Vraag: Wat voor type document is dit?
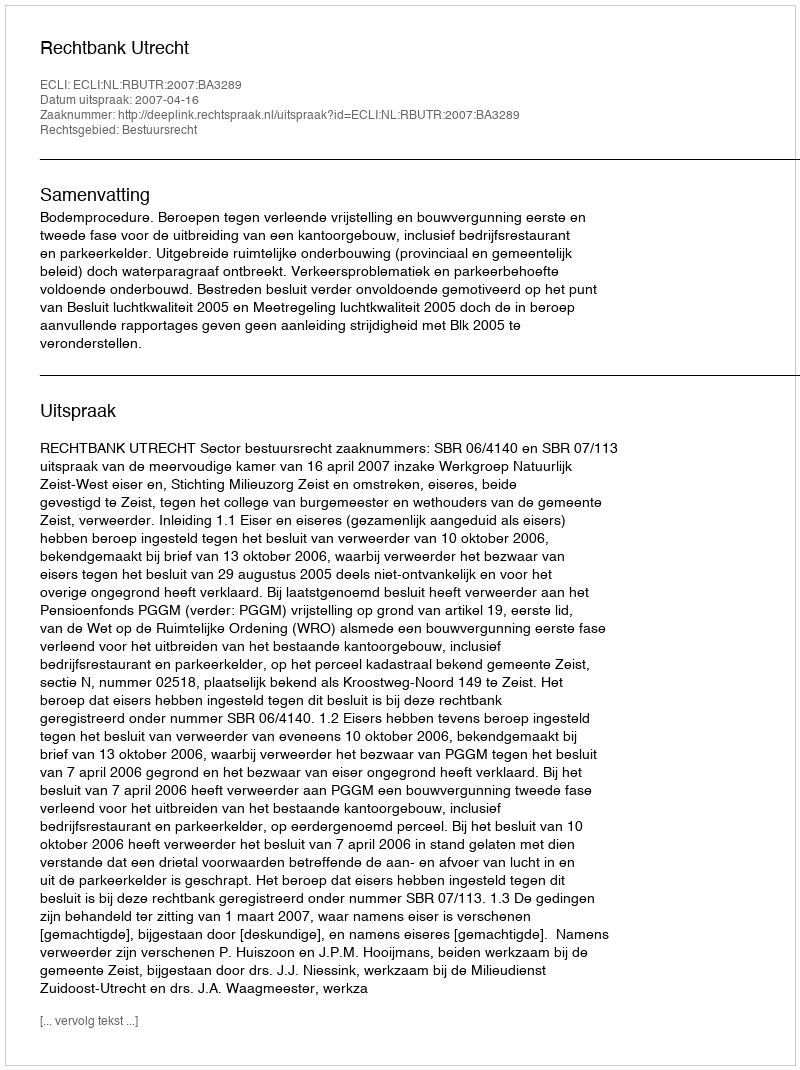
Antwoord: Uitspraak